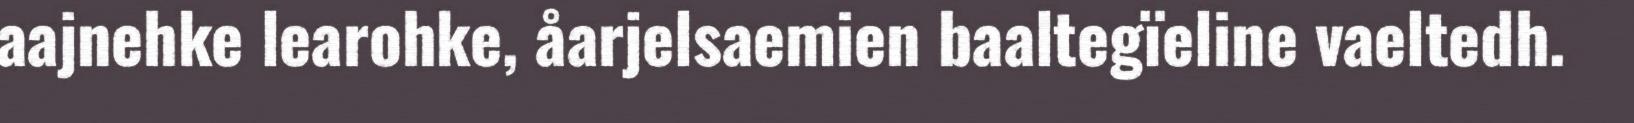
aajnehke learohke, åarjelsaemien baaltegïeline vaeltedh.